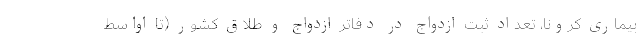
بیماری کرونا، تعداد ثبت ازدواج در دفاتر ازدواج و طلاق کشور (تا اواسط